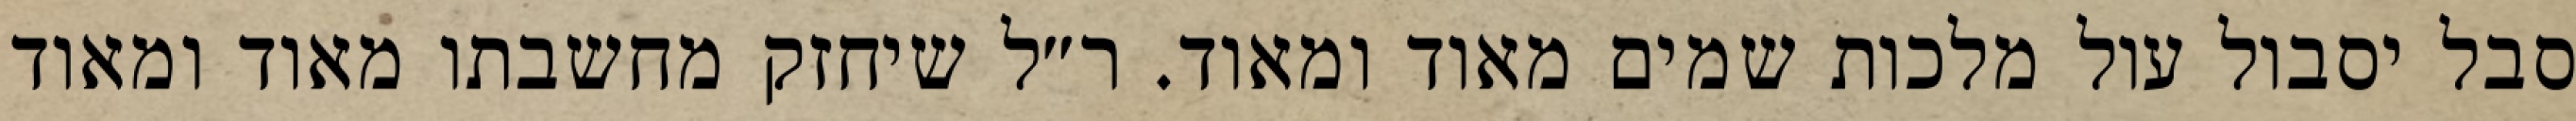
סבל יסבול עול מלכות שמים מאוד ומאוד. ר״ל שיחזק מחשבתו מאוד ומאוד